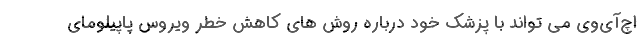
اچ‌آی‌وی می تواند با پزشک خود درباره روش های کاهش خطر ویروس پاپیلومای